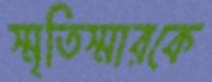
স্মৃতিস্মারকে